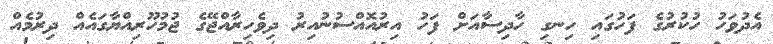
އެދުވަހު ހުކުރުގެ ފަހުގައި ހިނގި ހާދިސާއަށް ފަހު އިރުއޮއްސުނުއިރު ދިވެހިރާއްޖޭގެ ޖުމުހޫރިއްޔާގައެއް ދިރުމެއް